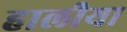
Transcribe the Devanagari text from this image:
हालीया